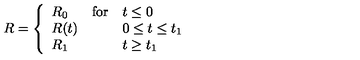
R = \left\{ \begin{array} { l l l } { R _ { 0 } } & { \mathrm { f o r } } & { t \leq 0 } \\ { R ( t ) } & { } & { 0 \leq t \leq t _ { 1 } } \\ { R _ { 1 } } & { } & { t \geq t _ { 1 } } \\ \end{array} \right.